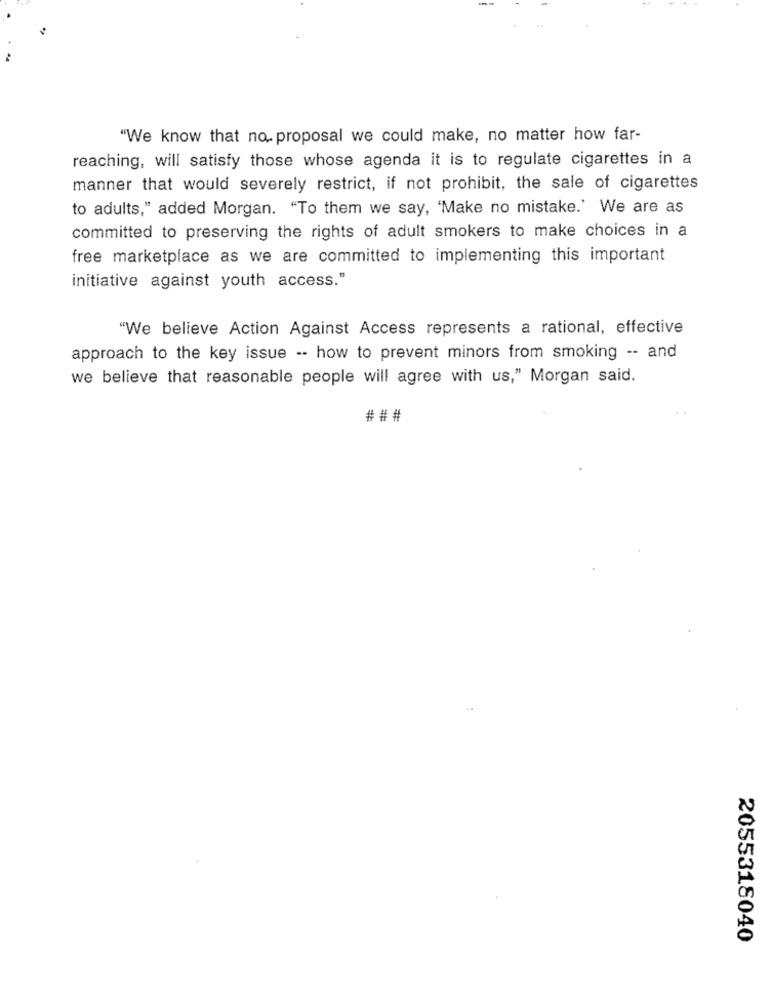
"We know that no. proposal we could make, no matter how far-
reaching, will satisfy those whose agenda it is to regulate cigarettes in a
manner that would severely restrict, if not prohibit, the sale of cigarettes
to adults," added Morgan. "To them we say, 'Make no mistake.' We are as
committed to preserving the rights of adult smokers to make choices in a
free marketplace as we are committed to implementing this important
initiative against youth access."
"We believe Action Against Access represents a rational, effective
approach to the key issue -- how to prevent minors from smoking -- and
we believe that reasonable people will agree with us," Morgan said.
###
2055318040